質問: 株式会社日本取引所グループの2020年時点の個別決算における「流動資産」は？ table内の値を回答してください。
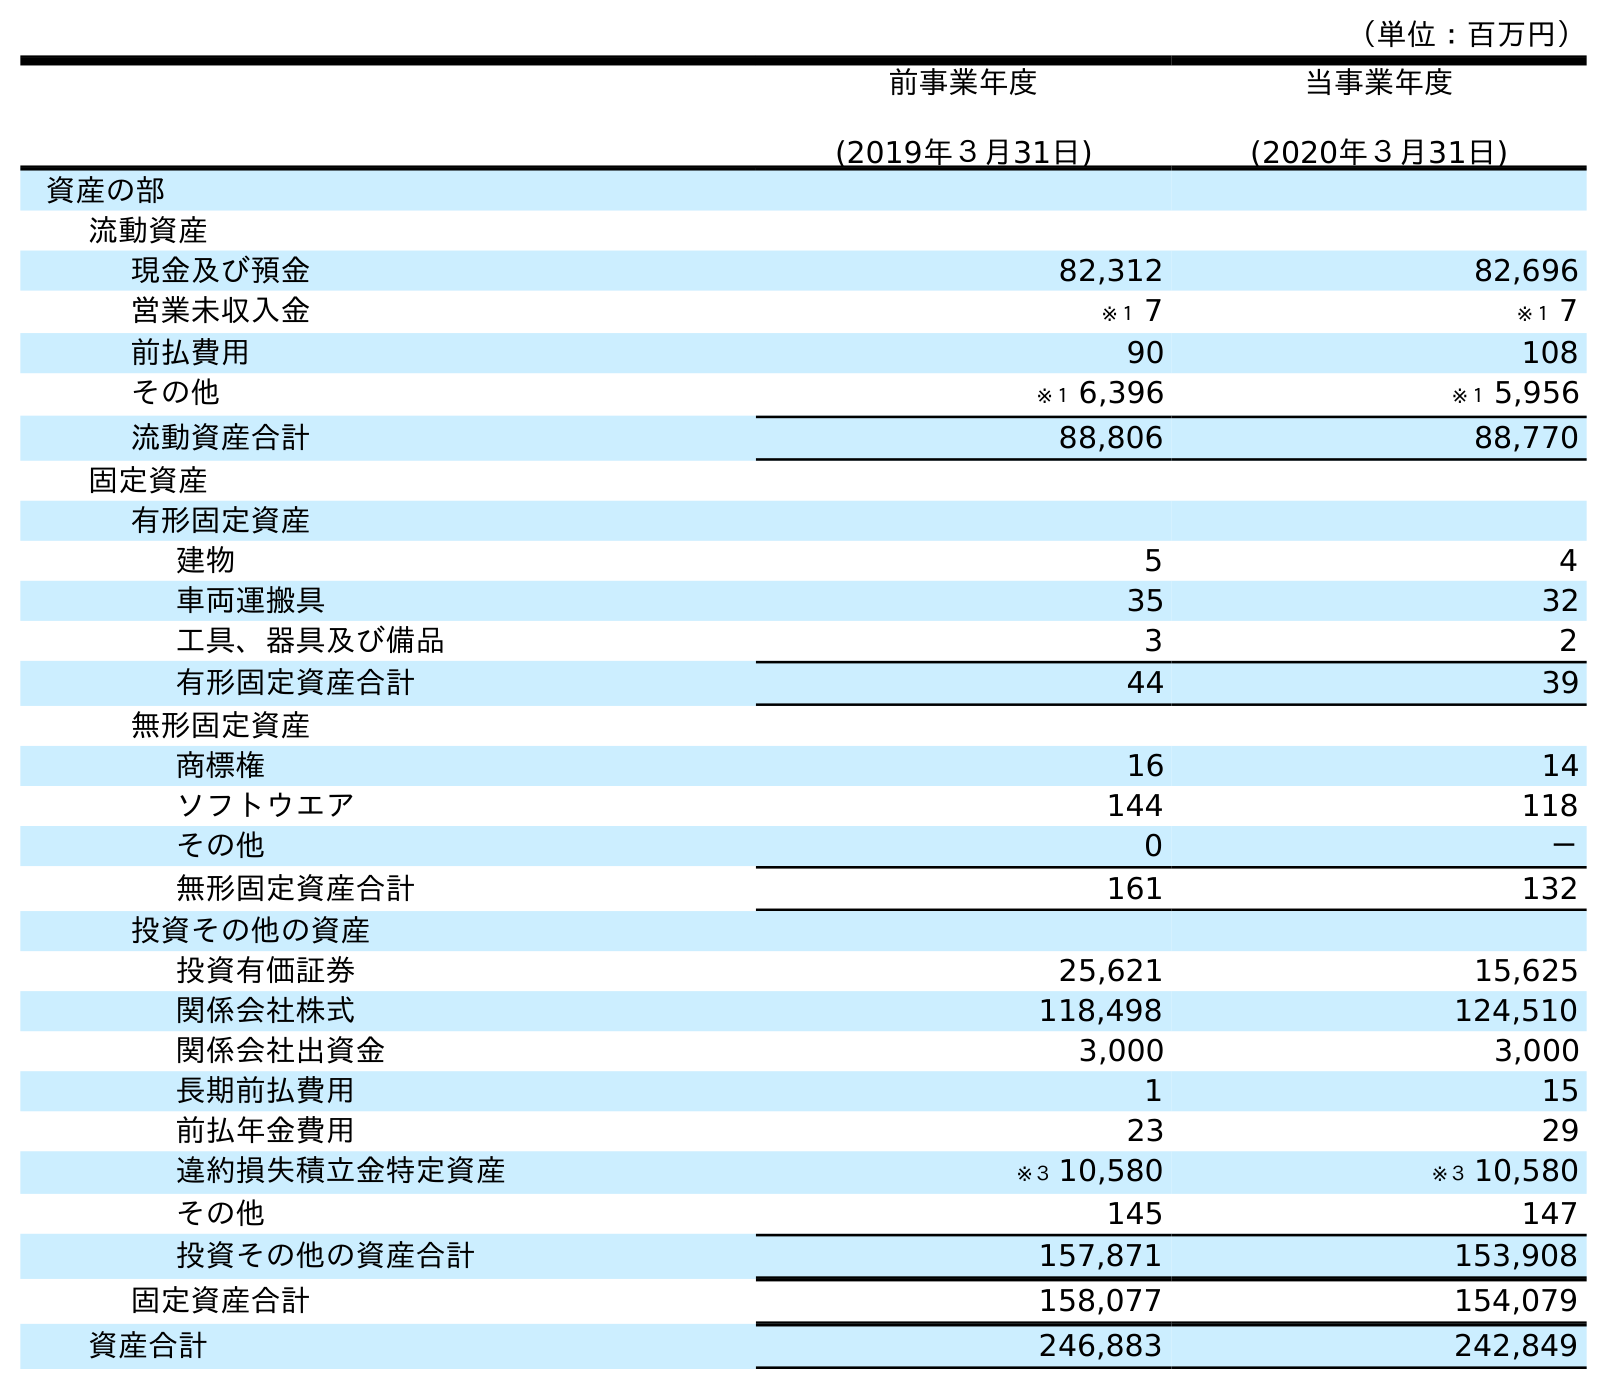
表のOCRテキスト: （単位：百万円） 前事業年度 (2019年３月31日) 当事業年度 (2020年３月31日) 資産の部 流動資産 現金及び預金 82,312 82,696 営業未収入金 ※１ 7 ※１ 7 前払費用 90 108 その他 ※１ 6,396 ※１ 5,956 流動資産合計 88,806 88,770 固定資産 有形固定資産 建物 5 4 車両運搬具 35 32 工具、器具及び備品 3 2 有形固定資産合計 44 39 無形固定資産 商標権 16 14 ソフトウエア 144 118 その他 0 － 無形固定資産合計 161 132 投資その他の資産 投資有価証券 25,621 15,625 関係会社株式 118,498 124,510 関係会社出資金 3,000 3,000 長期前払費用 1 15 前払年金費用 23 29 違約損失積立金特定資産 ※３ 10,580 ※３ 10,580 その他 145 147 投資その他の資産合計 157,871 153,908 固定資産合計 158,077 154,079 資産合計 246,883 242,849
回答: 88,770